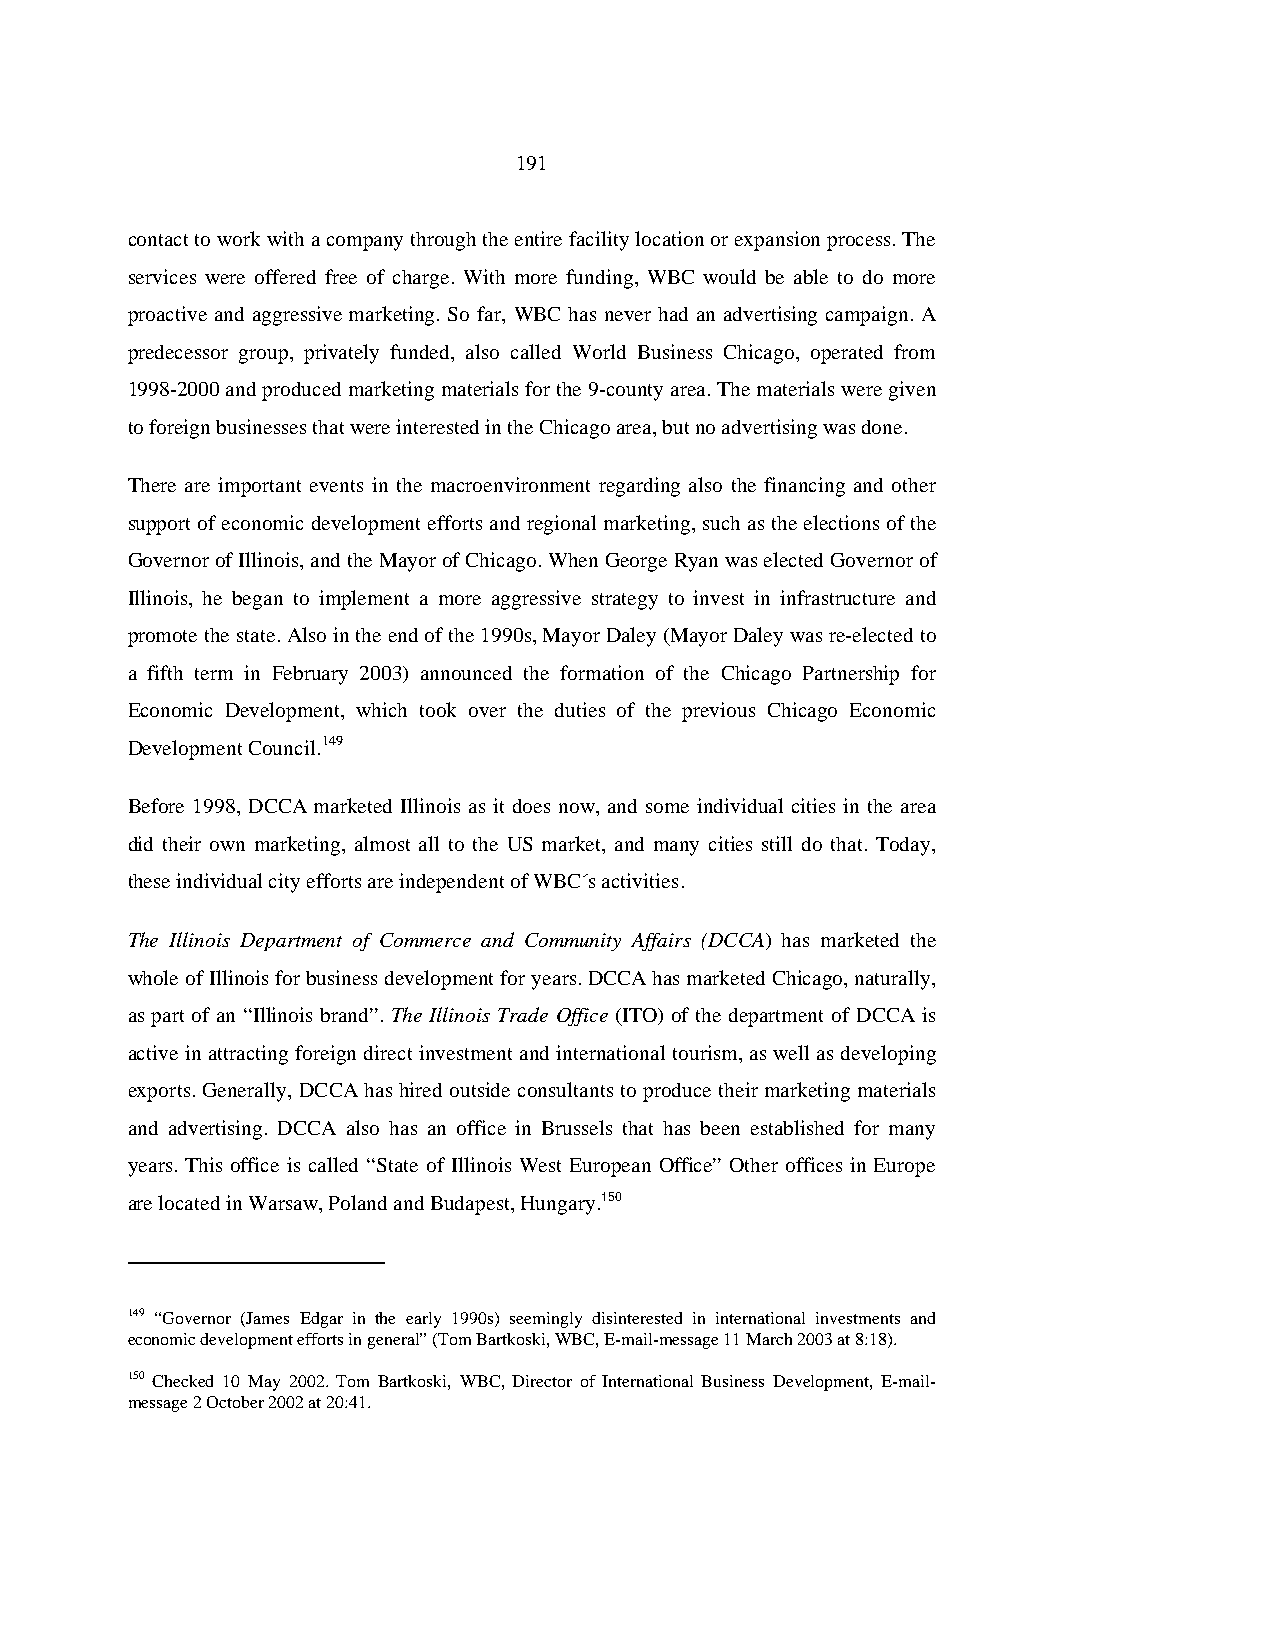
191
 contact to work with a company through the entire facility location or expansion process. The
 services were offered free of charge. With more funding, WBC would be able to do more
 proactive and aggressive marketing. So far, WBC has never had an advertising campaign. A
 predecessor group, privately funded, also called World Business Chicago, operated from
 1998-2000 and produced marketing materials for the 9-county area. The materials were given
 to foreign businesses that were interested in the Chicago area, but no advertising was done.
 There are important events in the macroenvironment regarding also the financing and other
 support of economic development efforts and regional marketing, such as the elections of the
 Governor of Illinois, and the Mayor of Chicago. When George Ryan was elected Governor of
 Illinois, he began to implement a more aggressive strategy to invest in infrastructure and
 promote the state. Also in the end of the 1990s, Mayor Daley (Mayor Daley was re-elected to
 a fifth term in February 2003) announced the formation of the Chicago Partnership for
 Economic Development, which took over the duties of the previous Chicago Economic
 Development Council.149
 Before 1998, DCCA marketed Illinois as it does now, and some individual cities in the area
 did their own marketing, almost all to the US market, and many cities still do that. Today,
 these individual city efforts are independent of WBC´s activities.
 The Illinois Department of Commerce and Community Affairs (DCCA) has marketed the
 whole of Illinois for business development for years. DCCA has marketed Chicago, naturally,
 as part of an “Illinois brand”. The Illinois Trade Office (ITO) of the department of DCCA is
 active in attracting foreign direct investment and international tourism, as well as developing
 exports. Generally, DCCA has hired outside consultants to produce their marketing materials
 and advertising. DCCA also has an office in Brussels that has been established for many
 years. This office is called “State of Illinois West European Office” Other offices in Europe
 are located in Warsaw, Poland and Budapest, Hungary.150
 149 “Governor (James Edgar in the early 1990s) seemingly disinterested in international investments and
 economic development efforts in general” (Tom Bartkoski, WBC, E-mail-message 11 March 2003 at 8:18).
 150 Checked 10 May 2002. Tom Bartkoski, WBC, Director of International Business Development, E-mail-
 message 2 October 2002 at 20:41.